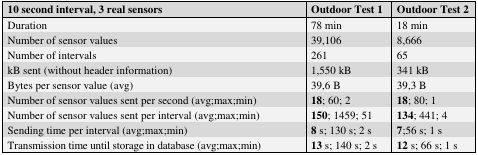
<table><thead><tr><td><b>10 second interval, 3 real sensors</b></td><td><b>Outdoor Test 1</b></td><td><b>Outdoor Test 2</b></td></tr></thead><tbody><tr><td>Duration</td><td>78 min</td><td>18 min</td></tr><tr><td>Number of sensor values</td><td>39,106</td><td>8,666</td></tr><tr><td>Number of intervals</td><td>261</td><td>65</td></tr><tr><td>kB sent (without header information)</td><td>1,550 kB</td><td>341 kB</td></tr><tr><td>Bytes per sensor value (avg)</td><td>39,6 B</td><td>39,3 B</td></tr><tr><td>Number of sensor values sent per second (avg;max;min)</td><td><b>18</b>; 60; 2</td><td><b>18</b>; 80; 1</td></tr><tr><td>Number of sensor values sent per interval (avg;max;min)</td><td><b>150</b>; 1459; 51</td><td><b>134</b>; 441; 4</td></tr><tr><td>Sending time per interval (avg;max;min)</td><td><b>8</b> s; 130 s; 2 s</td><td><b>7</b>;56 s; 1 s</td></tr><tr><td>Transmission time until storage in database (avg;max;min)</td><td><b>13</b> s; 140 s; 2 s</td><td><b>12</b> s; 66 s; 1 s</td></tr></tbody></table>